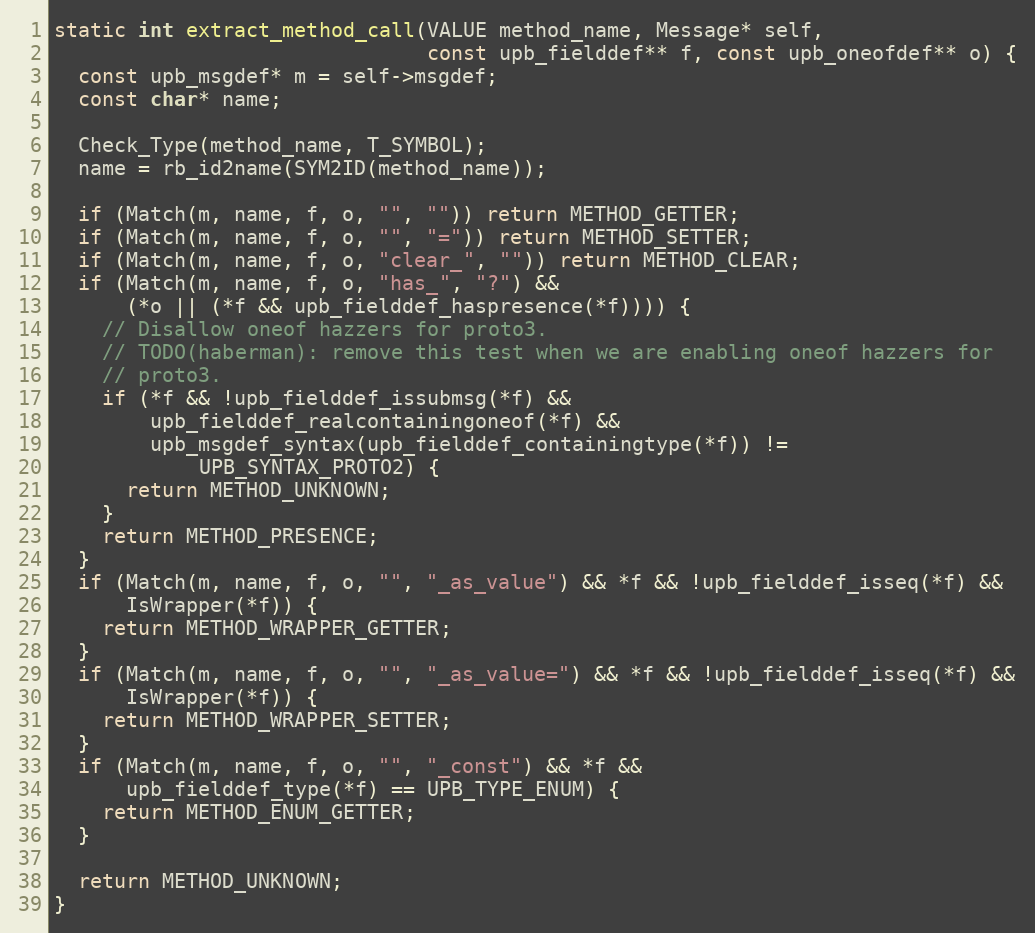
Language: C
static int extract_method_call(VALUE method_name, Message* self,
                               const upb_fielddef** f, const upb_oneofdef** o) {
  const upb_msgdef* m = self->msgdef;
  const char* name;

  Check_Type(method_name, T_SYMBOL);
  name = rb_id2name(SYM2ID(method_name));

  if (Match(m, name, f, o, "", "")) return METHOD_GETTER;
  if (Match(m, name, f, o, "", "=")) return METHOD_SETTER;
  if (Match(m, name, f, o, "clear_", "")) return METHOD_CLEAR;
  if (Match(m, name, f, o, "has_", "?") &&
      (*o || (*f && upb_fielddef_haspresence(*f)))) {
    // Disallow oneof hazzers for proto3.
    // TODO(haberman): remove this test when we are enabling oneof hazzers for
    // proto3.
    if (*f && !upb_fielddef_issubmsg(*f) &&
        upb_fielddef_realcontainingoneof(*f) &&
        upb_msgdef_syntax(upb_fielddef_containingtype(*f)) !=
            UPB_SYNTAX_PROTO2) {
      return METHOD_UNKNOWN;
    }
    return METHOD_PRESENCE;
  }
  if (Match(m, name, f, o, "", "_as_value") && *f && !upb_fielddef_isseq(*f) &&
      IsWrapper(*f)) {
    return METHOD_WRAPPER_GETTER;
  }
  if (Match(m, name, f, o, "", "_as_value=") && *f && !upb_fielddef_isseq(*f) &&
      IsWrapper(*f)) {
    return METHOD_WRAPPER_SETTER;
  }
  if (Match(m, name, f, o, "", "_const") && *f &&
      upb_fielddef_type(*f) == UPB_TYPE_ENUM) {
    return METHOD_ENUM_GETTER;
  }

  return METHOD_UNKNOWN;
}